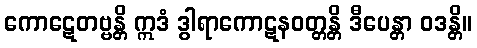
ကောဋေတဗ္ဗန္တိ ဣဒံ ဒွါရာကောဋနဝတ္တန္တိ ဒီပေန္တာ ဝဒန္တိ။